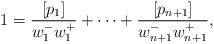
\begin{align*} 1= \frac{[p_1]}{w_1^- w_1^+} + \cdots + \frac{[p_{n+1}]}{w_{n+1}^- w_{n+1}^+},\end{align*}